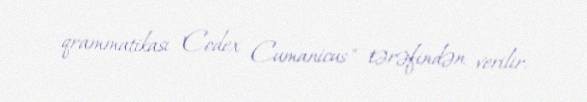
qrammatikası "Codex Cumanicus" tərəfindən verilir.